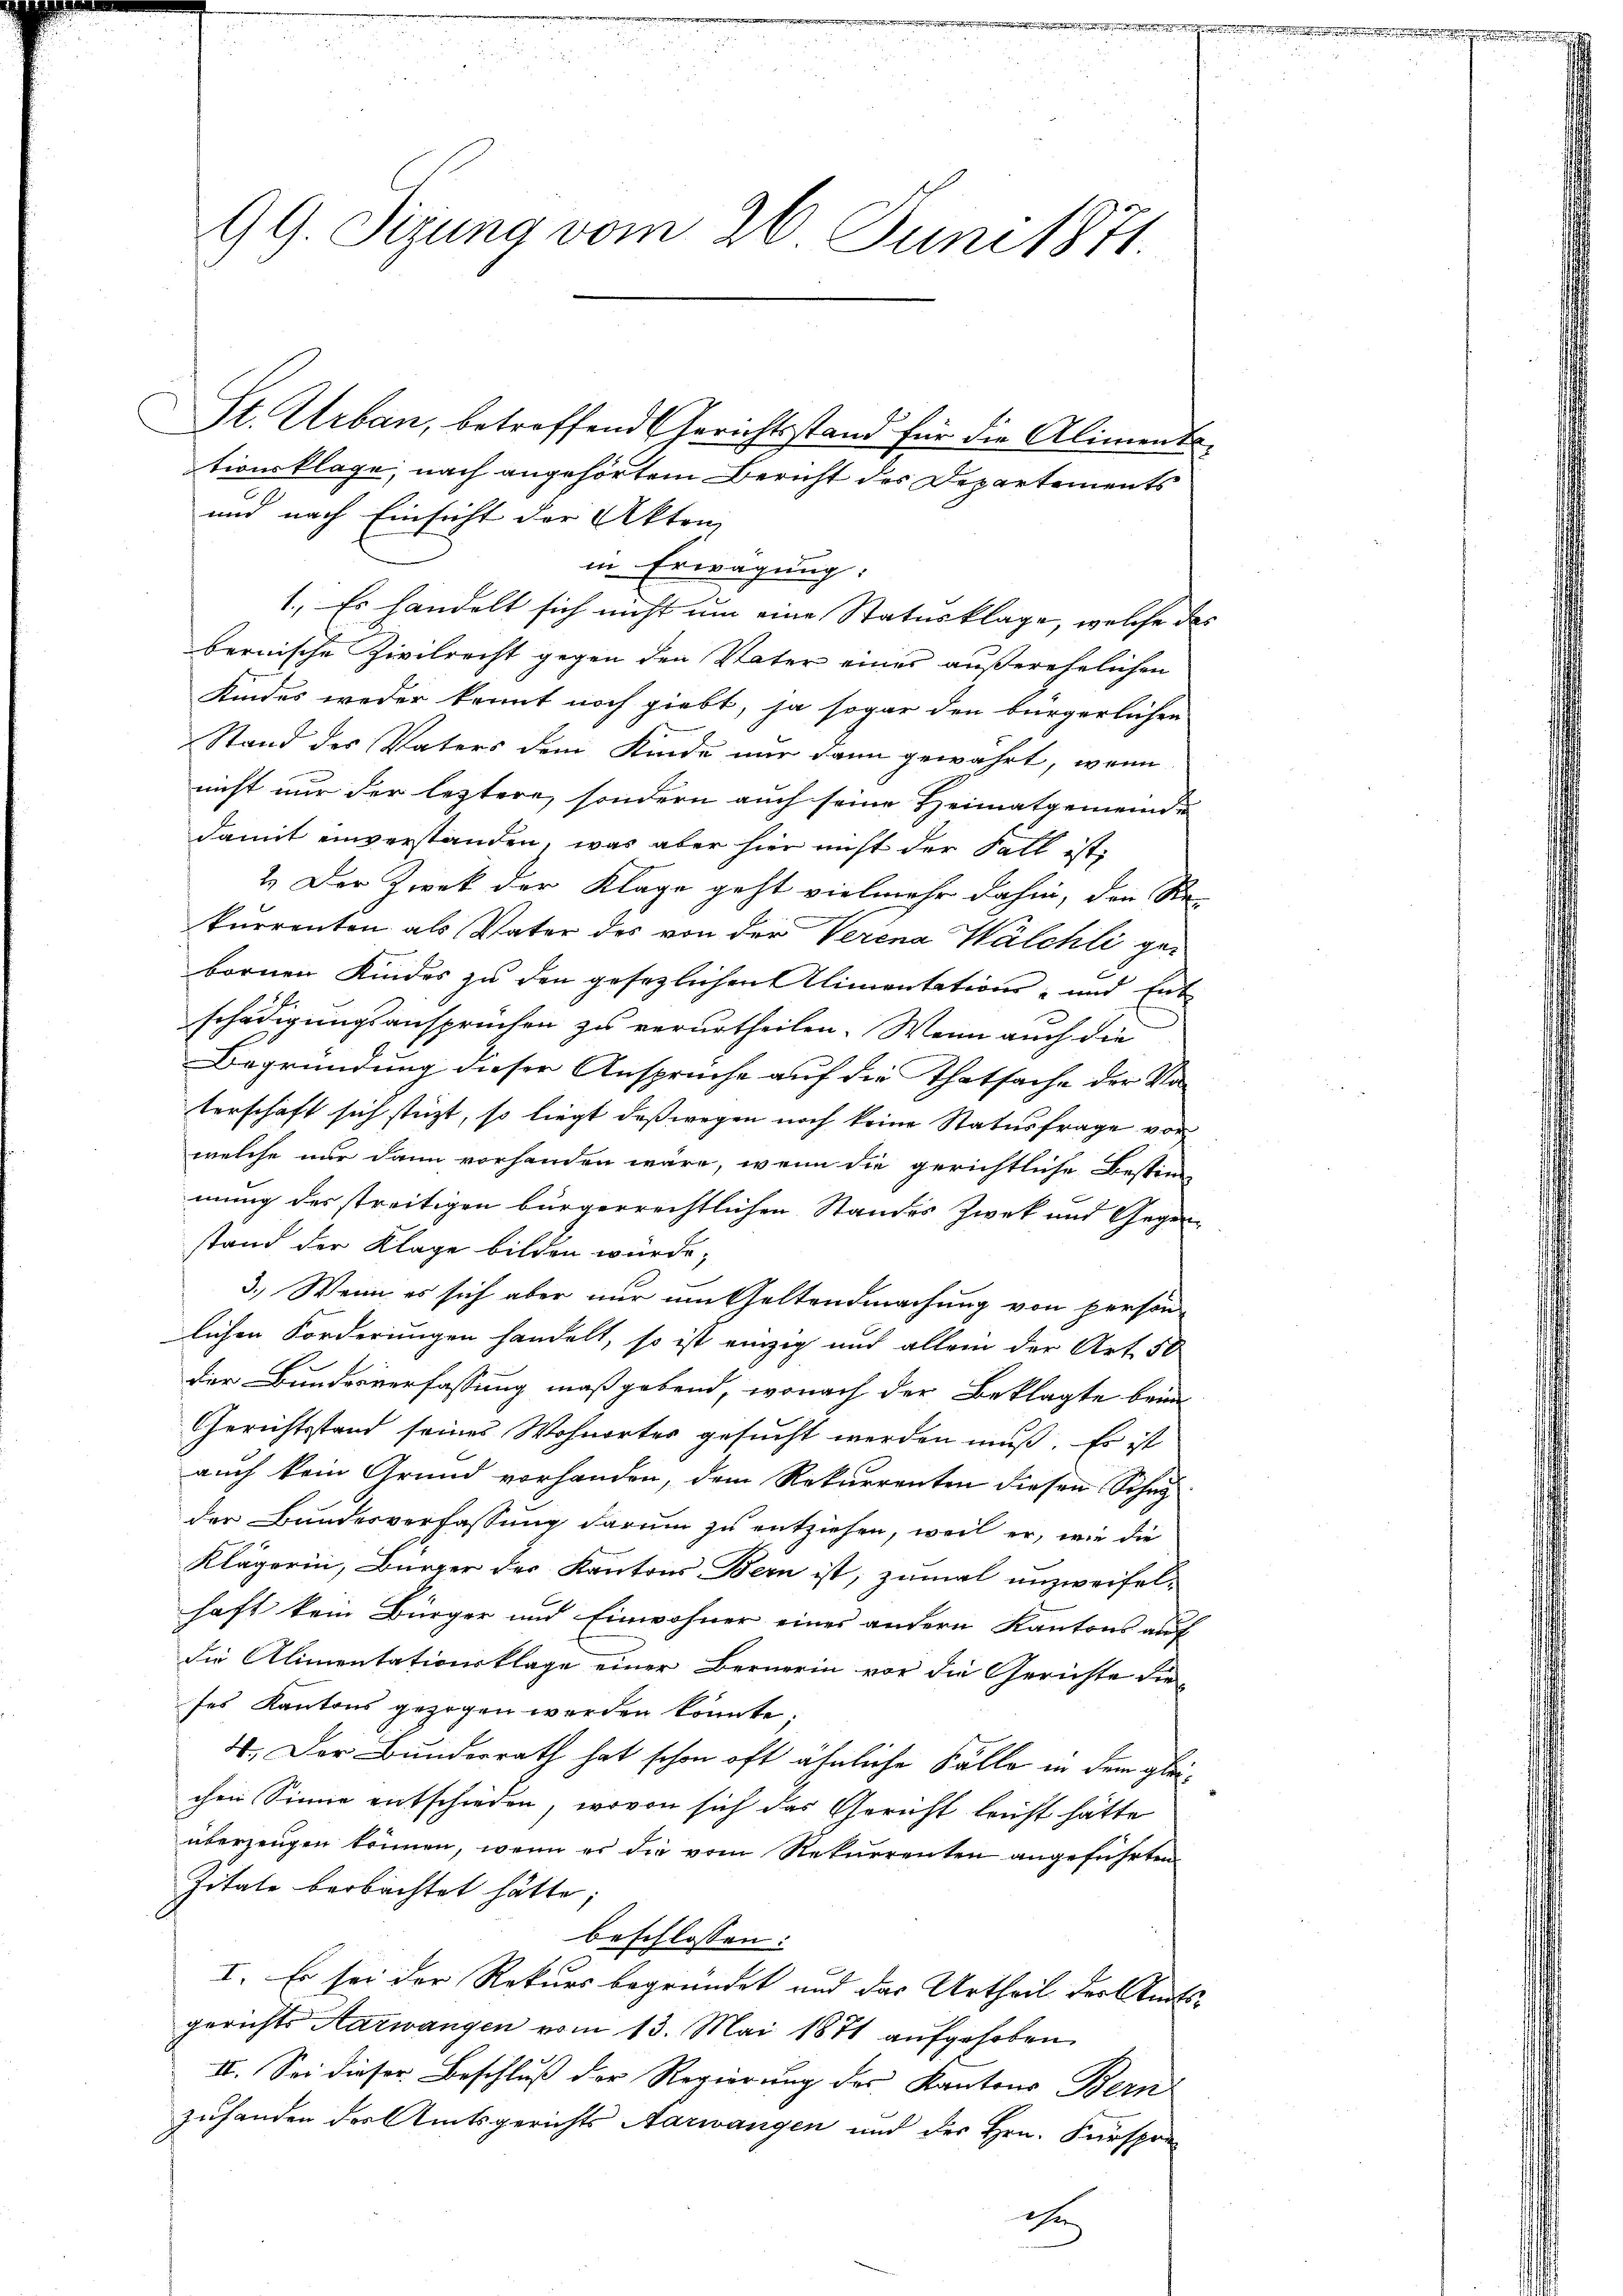
99. Seizung vom 26. Juni 1871.
St. Urban, betreffend Gerichtsstand für die Alimentstionsklage, nach angehörtem Bericht der Departements
und nach Einsicht der Akten

1., Es handelt sich nicht um eine Statusklage, welche des
bernische Zivilrecht gegen den Vater eines außerehelichen
Kindes weder kannt noch giebt, ja sogar den bürgerlichen
Stand des Vaters dem Kinde nur dann gewährt, wenn
nicht nur der leztere, sondern auch seine Heimatgemeinde
damit einverstanden, was aber hier nicht der Fall ist,
2.) Der Zwek der Klage geht vielmehr dahin, den Re-
kurrenten als Vater des von der Verena Walchli gebornen Kindes zu den gesezlichen Alimentations- und Ent
schädigungsansprüchen zu verurtheilen. Wenn auch die
Begründung dieser Ansprüche auf die Thatsache der Vo
terschaft sich stüzt, so liegt, daß wegen noch keine Statusfrage vor
welche nur dann vorhanden wäre, wenn die gerichtliche Bestimmung des streitigen bürgerrechtlichen Standes Zwek und Gegenstand der Klage bilden würde;
3.) Wenn es sich aber nur um Geltendmachung von person
lichen Forderungen handelt, so ist einzig und allein der Art. 50
der Bundesverfassung maßgebend, wonach der Beklagte beim
Gerichtsstand seines Wohnortes gesucht werden muß. Es ist
auch kein Grund vorhanden, dem Rekurrenten diesen Schny
der Bundesverfassung darum zu entziehen, weil er, wie die
Klägerin, Bürger der Kantons Bern ist, zumal unzweifel-
haft kein Bürger und Einwohner eines andern Kantons auf
die Alimentationsklage einer Bernerin vor die Gerichte die
ses Kantons gezogen werden könnte.
4., Der Bunderrath hat schon oft ähnliche Fälle in dem gleichen Sinne entschieden, wovon sich das Gericht leicht hätte
überzeugen können, wenn es die vom Rekurrenten angeführten
Zitate beobachtet hätte;
beschlossen:
I. Es sei der Rekurs begründet und das Urtheil der Amts-
gerichts Aarwangen vom 13. Mai 1871 aufgehoben
II. Sei dieser Beschluß der Regierung des Kantons Bern
zuhanden des Amtsgerichts Aarwangen und der Hrn. Kurspon
ee

in Erwägung: